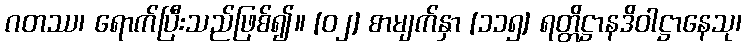
ဂတဿ၊ ရောက်ပြီးသည်ဖြစ်၍။ [၀၂] စာမျက်နှာ [၁၁၅] ရတ္တိဋ္ဌာနဒိဝါဋ္ဌာနေသု၊